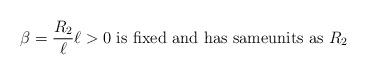
LaTeX: \begin{align*}\beta=\frac{R_{2}}{\ell}\ell>0\text{ is fixed and has sameunits as }R_{2} \end{align*}